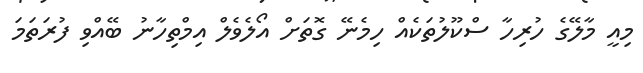
މިއީ މާލޭގެ ހުރިހާ ސްކޫލުތަކެއް ހިމެނޭ ގޮތަށް އޯލެވެލް އިމްތިހާނު ބޭއްވި ފުރަތަމަ